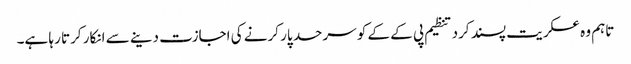
تاہم وہ عسکریت پسند کرد تنظیم پی کے کے کو سرحد پار کرنے کی اجازت دینے سے انکار کرتا رہا ہے۔